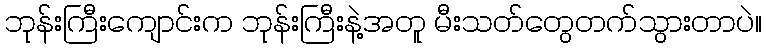
ဘုန်းကြီးကျောင်းက ဘုန်းကြီးနဲ့အတူ မီးသတ်တွေတက်သွားတာပဲ။